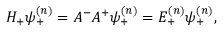
H _ { + } \psi _ { + } ^ { ( n ) } = A ^ { - } A ^ { + } \psi _ { + } ^ { ( n ) } = E _ { + } ^ { ( n ) } \psi _ { + } ^ { ( n ) } ,